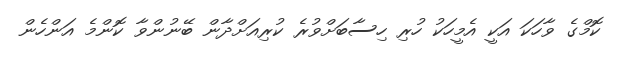
ކޮމްގެ ވާހަކަ އަކީ އެމީހަކު ހުރި ހިސާބަށްވުރެ ކުރިއަށްދާން ބޭނުންވާ ކޮންމެ އަންހެން